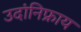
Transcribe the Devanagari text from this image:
उदांनिफ्राय